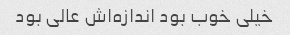
خیلی خوب بود اندازه‌اش عالی بود